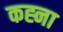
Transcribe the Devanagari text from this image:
कह्ना